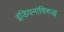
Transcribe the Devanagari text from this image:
इंडियनांविरुद्ध